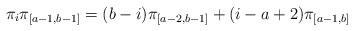
LaTeX: \begin{align*}\pi_i \pi_{[a-1,b-1]}= (b-i) \pi_{[a-2,b-1]} + (i-a+2) \pi_{[a-1,b]} \end{align*}